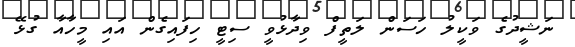
ނަޝީދުގެ ވަކީލު ހަސަން ލަތީފް ވިދާޅުވީ ސިޓީ ހިފައިގެން އައި މީހާއާ ގުޅޭ